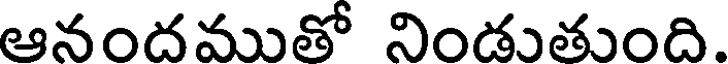
ఆనందముతో నిండుతుంది.